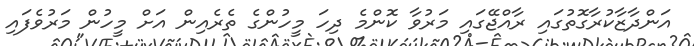
އަންދާޒާކުރާގޮތުގައި ރާއްޖޭގައި މަރުވާ ކޮންމެ ދިހަ މީހުންގެ ތެރެއިން އަށް މީހުން މަރުވެފައި